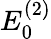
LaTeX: E_{0}^{(2)}